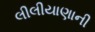
લીલીયાણાની